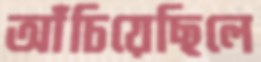
আঁচিয়েছিলে